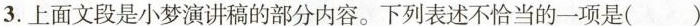
3.上面文段是小梦演讲稿的部分内容。下列表述不恰当的一项是( )